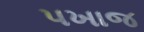
પખાજ